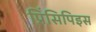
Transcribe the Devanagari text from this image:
प्रिंसिपिइस